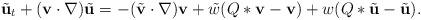
LaTeX: \begin{align*}& \tilde{\mathbf{u}}_t + (\mathbf{v}\cdot\nabla) \tilde{\mathbf{u}} = -(\tilde{\mathbf{v}}\cdot\nabla ) \mathbf{v} + \tilde{w}(Q\ast \mathbf{v}- \mathbf{v}) + w(Q\ast\tilde{\mathbf{u}}-\tilde{\mathbf{u}}).\end{align*}